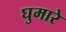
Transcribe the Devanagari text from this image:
घुमारे